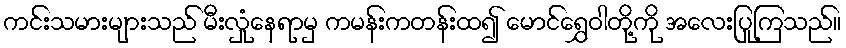
ကင်းသမားများသည် မီးလှုံနေရာမှ ကမန်းကတန်းထ၍ မောင်ရွှေဝါတို့ကို အလေးပြုကြသည်။